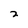
Character: 2